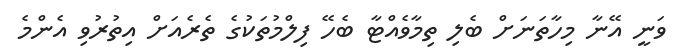
ވަނީ އޭނާ މިހާތަނަށް ބެލި ތިމާވެއްޓާ ބެހޭ ފިލްމުތަކުގެ ތެރެއަށް އިތުރުވި އެންމެ